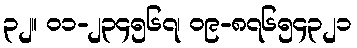
၃၂။ ၀၁-၂၃၄၅၆၇၊ ၀၉-၈၇၆၅၄၃၂၁